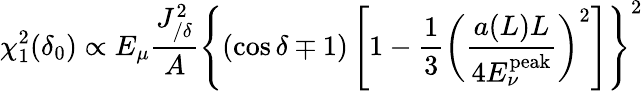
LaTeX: \chi_{1}^{2}(\delta_{0})\propto E_{\mu}\frac{J_{/\delta}^{2}}{A}\left\{ (\cos\delta\mp 1)\left[1-\frac{1}{3}\left(\frac{a(L)L}{4E_{\nu}^{\mathrm{peak}}}\right)^{2}\right]\right\} ^{2}